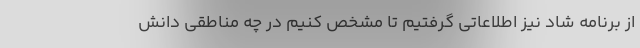
از برنامه شاد نیز اطلاعاتی گرفتیم تا مشخص کنیم در چه مناطقی دانش‌